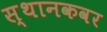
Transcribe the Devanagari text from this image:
स्थानकवर